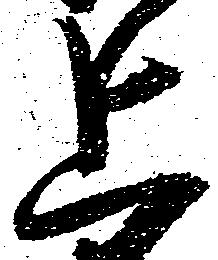
上